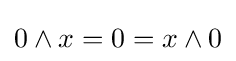
0\wedge x=0=x\wedge 0